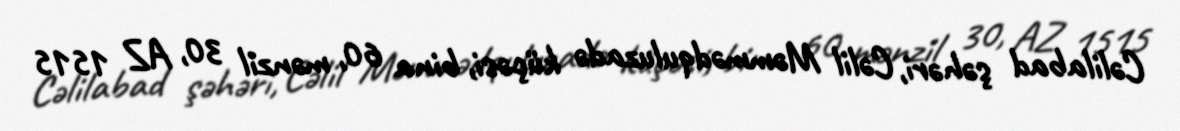
Cəlilabad şəhəri, Cəlil Məmmədquluzadə küçəsi, bina 60, mənzil 30, AZ 1515